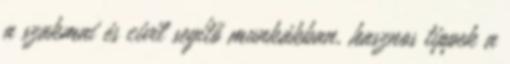
a szakmai és civil segítő munkákban, hasznos tippek a